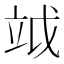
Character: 𥩡